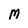
Character: M